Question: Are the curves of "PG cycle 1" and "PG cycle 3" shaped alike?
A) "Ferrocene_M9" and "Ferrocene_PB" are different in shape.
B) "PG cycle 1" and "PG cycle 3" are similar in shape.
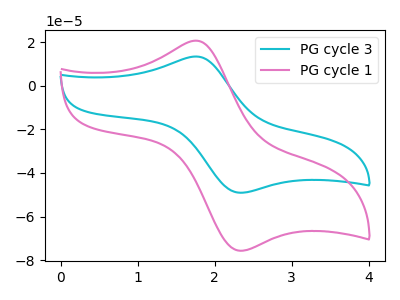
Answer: <think>The cyan curve "PG cycle 3" has an anodic peak at (1.75V, 13.40uA) and a cathodic peak at (2.35V, -49.10uA). The pink curve "PG cycle 1" has an anodic peak at (1.75V, 20.65uA) and a cathodic peak at (2.35V, -75.70uA).
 All the peaks in "PG cycle 1" have a peak in "PG cycle 3" at the same potential. Every peak in "PG cycle 1" is higher than every peak in "PG cycle 3".</think>
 <answer>B) "PG cycle 1" and "PG cycle 3" are similar in shape.</answer>
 <eval>B</eval>